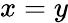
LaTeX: {x}={y}